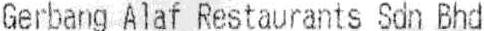
GERBANG ALAF RESTAURANTS SDN BHD